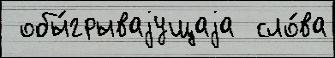
 обы́грываjущаjа  сло́ва